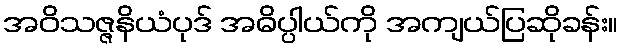
အဝိသဇ္ဇနိယံပုဒ် အဓိပ္ပါယ်ကို အကျယ်ပြဆိုခန်း။